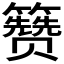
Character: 𬖃